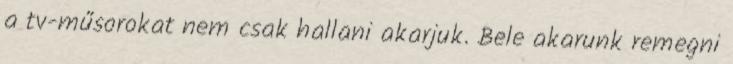
a tv-műsorokat nem csak hallani akarjuk. Bele akarunk remegni